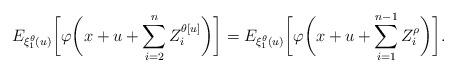
LaTeX: \begin{align*}E_{\xi_1^\theta(u)}\biggl[\varphi\biggl(x+u+\sum_{i=2}^{n} Z_i^{\theta[u]}\biggr)\biggr]=E_{\xi_1^\theta(u)}\biggl[\varphi\biggl(x+u+\sum_{i=1}^{n-1} Z_i^{\rho}\biggr)\biggr].\end{align*}